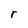
Character: r